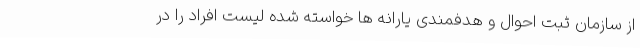
از سازمان ثبت احوال و هدفمندی یارانه ها خواسته شده لیست افراد را در